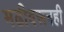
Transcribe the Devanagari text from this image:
मढीवरूनही